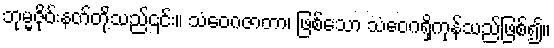
ဘုမ္မဇိုဝ်းနတ်တို့သည်၎င်း။ သံဝေဂဇာတာ၊ ဖြစ်သော သံဝေဂရှိကုန်သည်ဖြစ်၍။